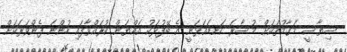
ސިޔާސީ މަގާމުތަކަށް މުސާރަ ކަނޑައަޅަނީ އެ ބޭފުޅަކު އައްޔަން ކުރައްވާފައި ހުންނަ ފެންވަރަކަށް